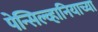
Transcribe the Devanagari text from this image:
पेन्सिल्व्हानियाच्या